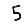
Digit: 5